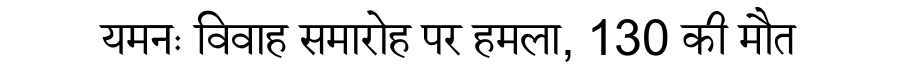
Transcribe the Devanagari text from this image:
यमनः विवाह समारोह पर हमला, 130 की मौत